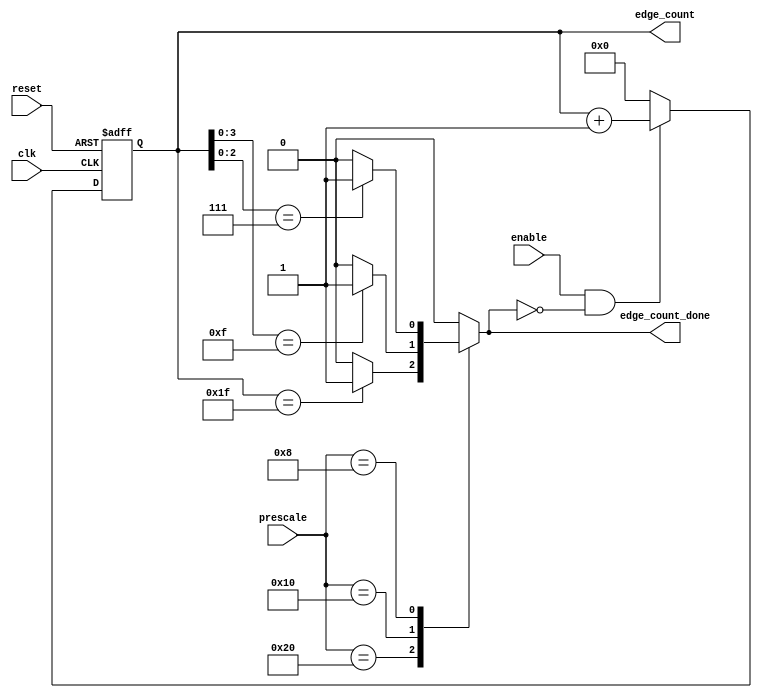
module edge_counter (
    input clk,
    input reset,
    input [5:0] prescale,
    input enable,

    output reg [4:0] edge_count,
    output reg edge_count_done
);

    always @(posedge clk or negedge reset) begin
        if (~reset) begin
            edge_count <= 5'b0;
        end
        else if (enable & ~edge_count_done) begin
            edge_count <= edge_count + 5'b1;
        end
        else begin
            edge_count <= 5'b0;
        end
    end

    always @(*) begin
        case (prescale)
            
            // prescale = 32
            6'b10_0000: begin
                if (edge_count == 5'b11111) begin
                    edge_count_done = 1'b1;
                end
                else begin
                    edge_count_done = 1'b0;
                end
            end
            
            // prescale = 16
            6'b01_0000: begin
                if (edge_count[3:0] == 4'b1111) begin
                    edge_count_done = 1'b1;
                end
                else begin
                    edge_count_done = 1'b0;
                end
            end
            
            // prescale = 8
            6'b00_1000: begin
                if (edge_count[2:0] == 3'b111) begin
                    edge_count_done = 1'b1;
                end
                else begin
                    edge_count_done = 1'b0;
                end
            end

            default: begin
                edge_count_done = 1'b0;
            end
        endcase
    end

endmodule